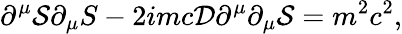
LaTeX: \partial^{\mu}{\cal S}\partial_{\mu}S-2imc{\cal D}\partial^{\mu}\partial_{\mu}{\cal S}=m^{2}c^{2},